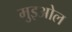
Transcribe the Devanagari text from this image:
मुइओल